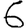
Digit: 6